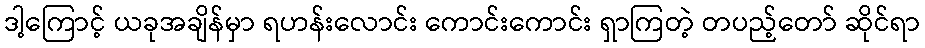
ဒါ့ကြောင့် ယခုအချိန်မှာ ရဟန်းလောင်း ကောင်းကောင်း ရှာကြတဲ့ တပည့်တော် ဆိုင်ရာ